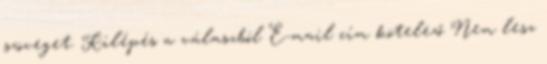
szöveget. Kilépés a válaszból E-mail cím kötelező Nem lesz